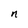
Character: n